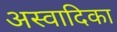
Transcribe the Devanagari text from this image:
अस्वादिका